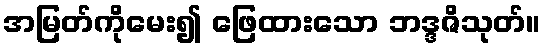
အမြတ်ကိုမေး၍ ဖြေထားသော ဘဒ္ဒဇိသုတ်။